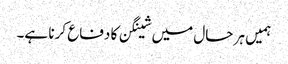
ہمیں ہر حال میں شینگن کا دفاع کرنا ہے۔